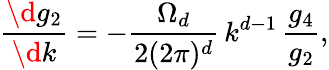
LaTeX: \frac{\d g_{2}}{\d k}=-\frac{\Omega_{d}}{2(2\pi)^{d}}\, k^{d-1}\, \frac{g_{4}}{g_{2}},